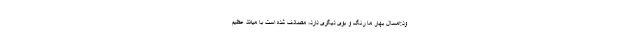
ود:امسال بهار ما رنگ و بوی دیگری دارد، مصادف شده است با میلاد عظیم